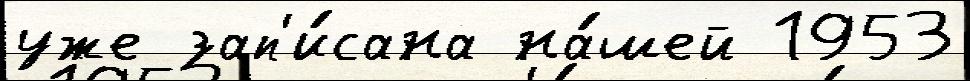
уже зап'и́сана на́шей 1953